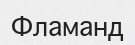
Фламанд